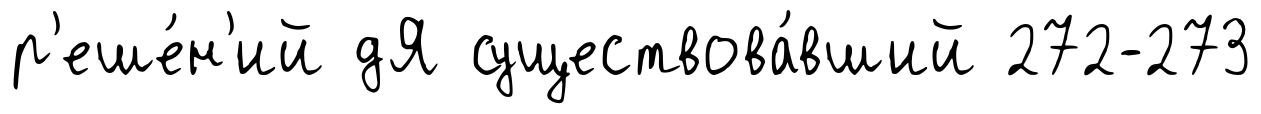
р'еше́н'ий дЯ существова́вший 272-273